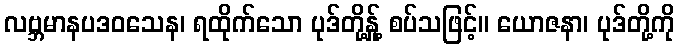
လဗ္ဘမာနပဒဝသေန၊ ရထိုက်သော ပုဒ်တို့နှု့် စပ်သဖြင့်။ ယောဇနာ၊ ပုဒ်တို့ကို